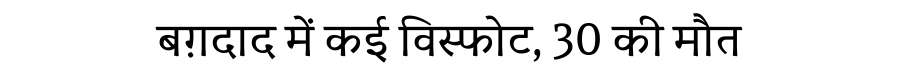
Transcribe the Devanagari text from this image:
बग़दाद में कई विस्फोट, 30 की मौत